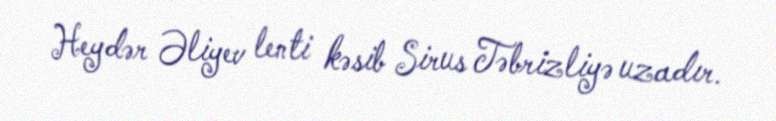
Heydər Əliyev lenti kəsib Sirus Təbrizliyə uzadır.